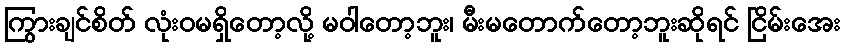
ကြွားချင်စိတ် လုံးဝမရှိတော့လို့ မဝါတော့ဘူး၊ မီးမတောက်တော့ဘူးဆိုရင် ငြိမ်းအေး